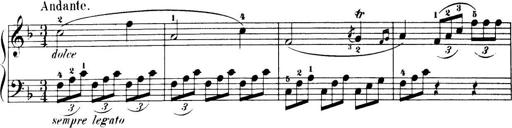
Title: 32 Sonatinas and Rondos for the Piano
Composer: Richard Kleinmichel